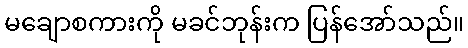
မချောစကားကို မခင်ဘုန်းက ပြန်အော်သည်။